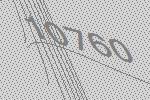
10760